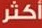
أكثر